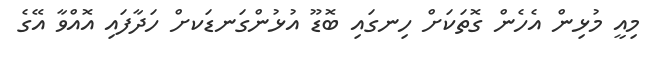
މިއީ މުޅިން އެހެން ގޮތަކަށް ހިނގައި ބޮޑޫ އުޅުންގަނޑަކށް ހަދާފައި އޮއްވާ އޭގެ